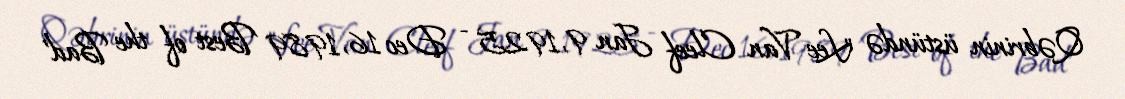
Qəbrinin üstündə "Lee Van Cleef Jan 9, 1925 - Dec 16, 1989 'Best of the Bad'